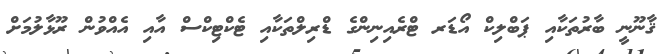
ޤާނޫނީ ބާރުތަކާއި ޕަބްލިކް އޯޑަރ ޓްރެއިނިންގެ ޑްރިލްތަކާއި ޓެކްޓިކްސް އާއި އެއްވުން ރޫޅާލުމަށް